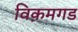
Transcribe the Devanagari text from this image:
विक़मगड